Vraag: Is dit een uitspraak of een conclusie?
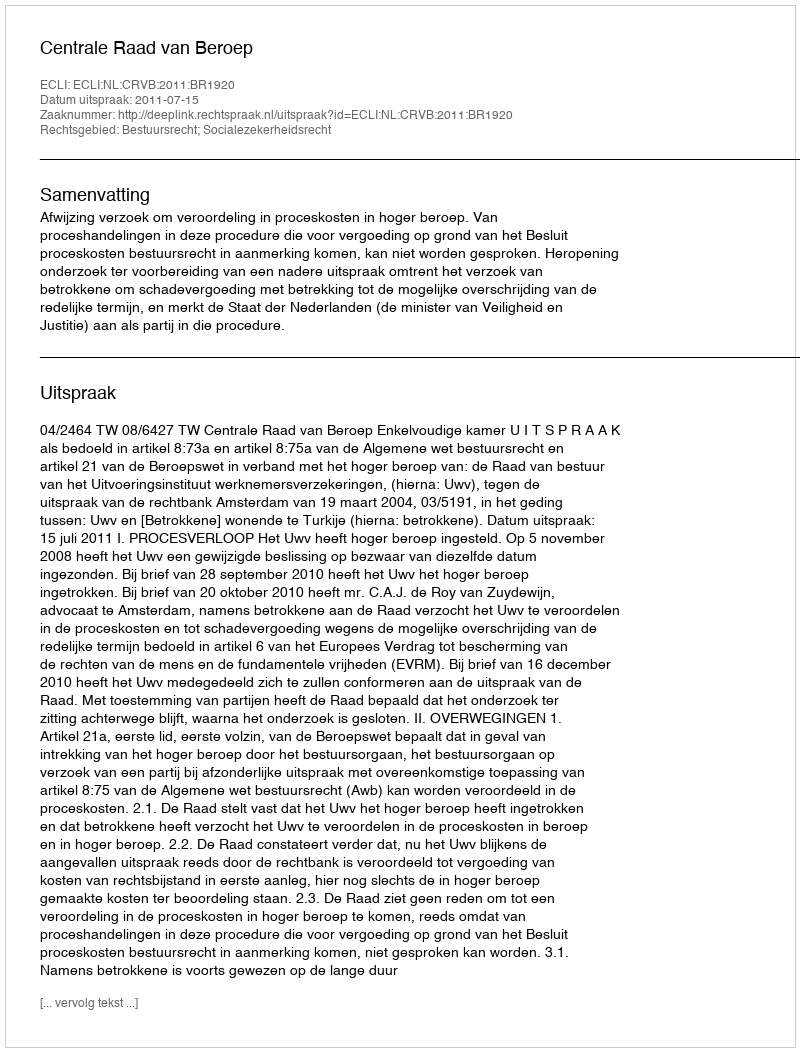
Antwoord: Uitspraak